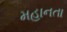
મહાનતા